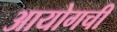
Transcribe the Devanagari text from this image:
आयोगची